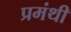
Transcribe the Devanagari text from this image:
प्रमंथी